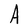
Character: A